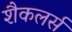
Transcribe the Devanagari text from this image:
शैकलर्स